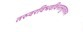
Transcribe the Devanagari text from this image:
तरुवरविभवविनतसुरवरवन